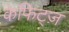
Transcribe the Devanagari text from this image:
केफिट्ज़